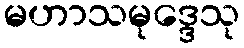
မဟာသမုဒ္ဒေသု